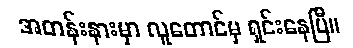
အတန်းနားမှာ လူတောင်မှ ရှင်းနေပြီ။